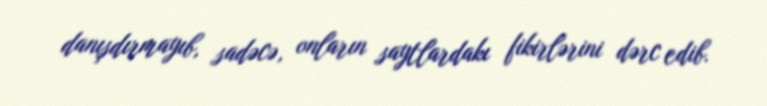
danışdırmayıb, sadəcə, onların saytlardakı fikirlərini dərc edib.